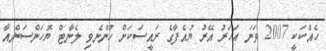
ހެއްކަކީ 2007 ވަނަ އަހަރު އޭރު ޔުއެފާގެ ރައީސަކަށް ހުންނެވި ލެނާޓް ޔޮހަންސަންއާ